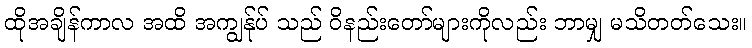
ထိုအချိန်ကာလ အထိ အကျွန်ုပ် သည် ဝိနည်းတော်များကိုလည်း ဘာမျှ မသိတတ်သေး။